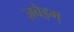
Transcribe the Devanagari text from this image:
ज़्वेइग्